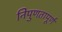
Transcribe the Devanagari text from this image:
निपुणतापूर्ण